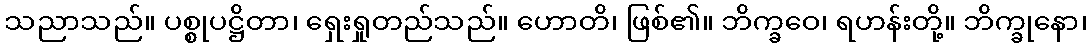
သညာသည်။ ပစ္စုပဋ္ဌိတာ၊ ရှေးရှုတည်သည်။ ဟောတိ၊ ဖြစ်၏။ ဘိက္ခဝေ၊ ရဟန်းတို့။ ဘိက္ခုနော၊